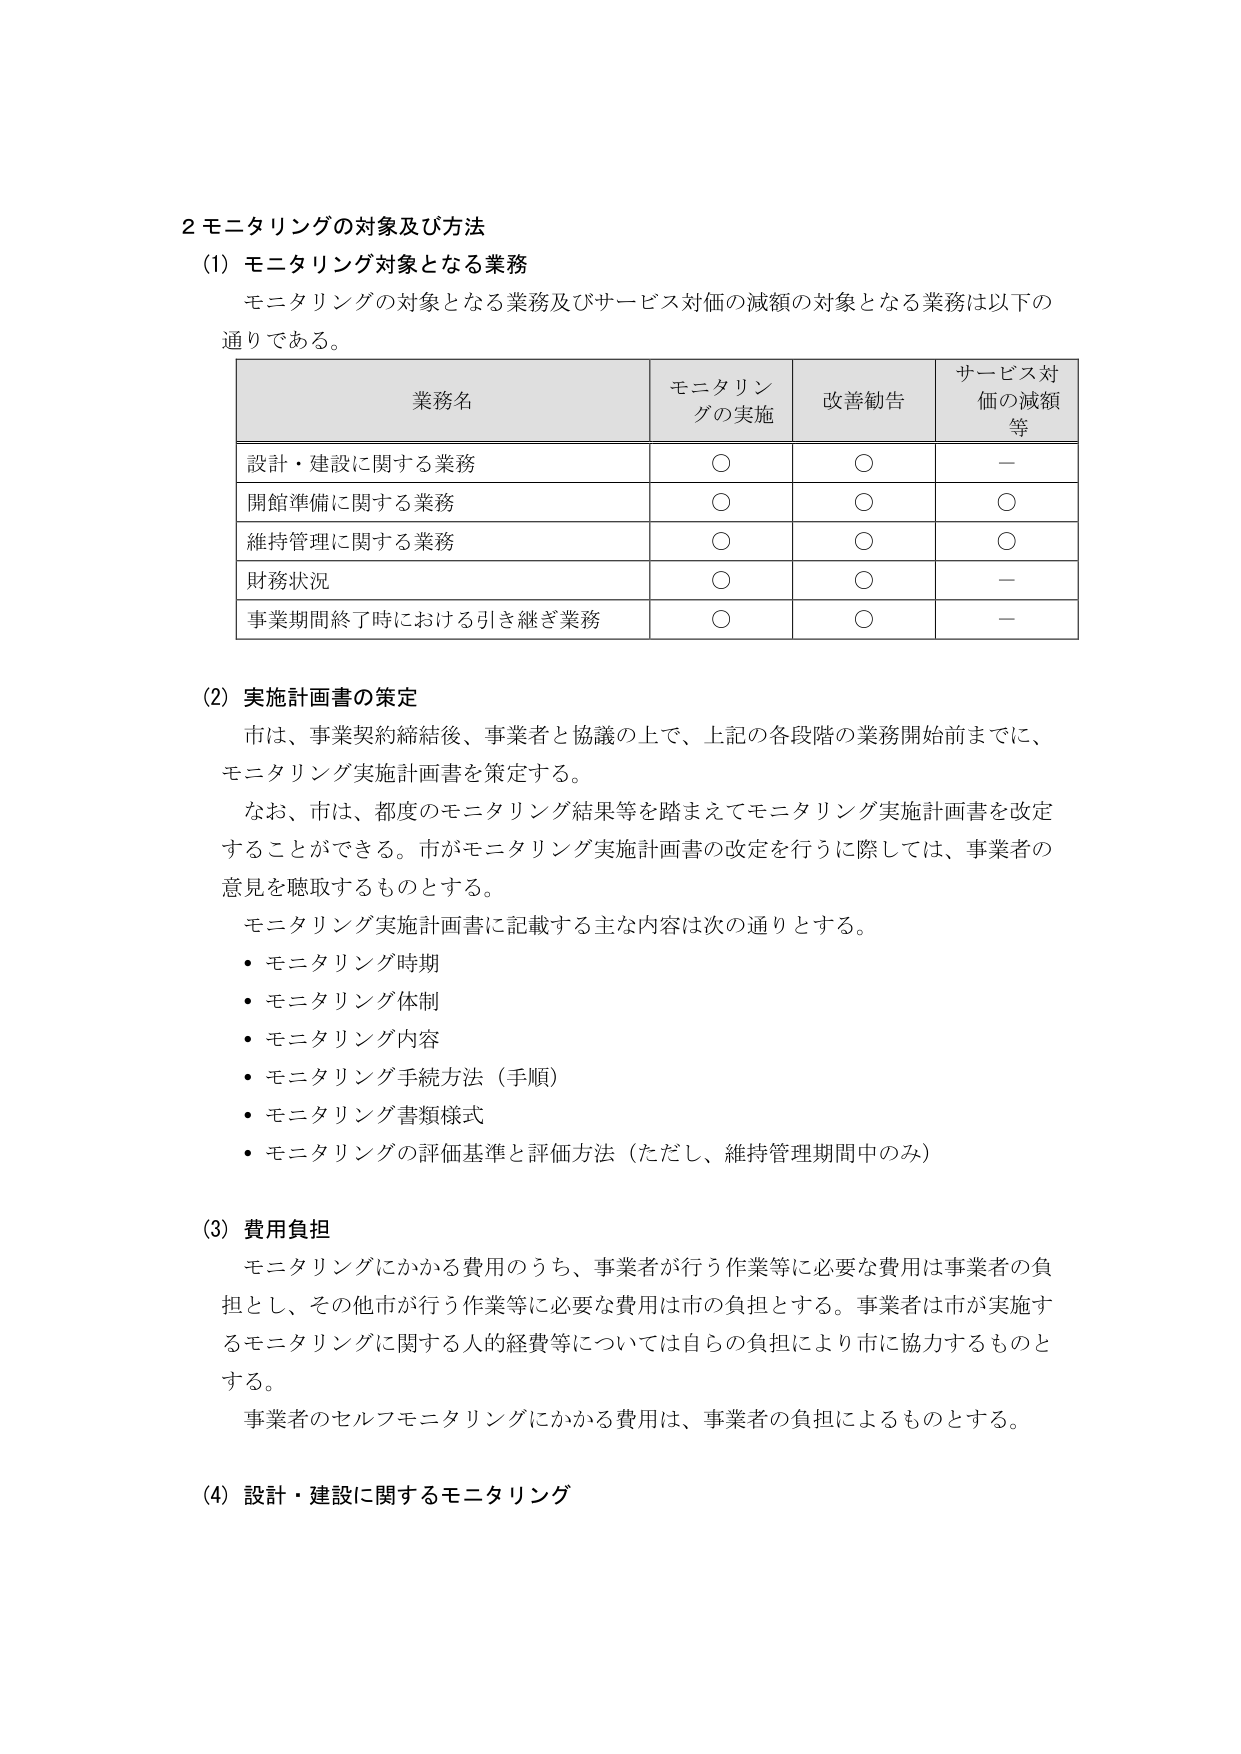
2 モニタリングの対象及び方法
(1) モニタリング対象となる業務
モニタリングの対象となる業務及びサービス対価の減額の対象となる業務は以下の通りである。

| 業務名 | モニタリングの実施 | 改善勧告 | サービス対価の減額等 |
|--------|---------------------|----------|----------------------|
| 設計・建設に関する業務 | ○ | ○ | － |
| 開館準備に関する業務 | ○ | ○ | ○ |
| 維持管理に関する業務 | ○ | ○ | ○ |
| 財務状況 | ○ | ○ | － |
| 事業期間終了時における引き継ぎ業務 | ○ | ○ | － |

(2) 実施計画書の策定
市は、事業契約締結後、事業者と協議の上で、上記の各段階の業務開始前までに、モニタリング実施計画書を策定する。
なお、市は、都度のモニタリング結果等を踏まえてモニタリング実施計画書を改定することができる。市がモニタリング実施計画書の改定を行うに際しては、事業者の意見を聴取するものとする。
モニタリング実施計画書に記載する主な内容は次の通りとする。
・ モニタリング時期
・ モニタリング体制
・ モニタリング内容
・ モニタリング手続方法（手順）
・ モニタリング書類様式
・ モニタリングの評価基準と評価方法（ただし、維持管理期間中のみ）

(3) 費用負担
モニタリングにかかる費用のうち、事業者が行う作業等に必要な費用は事業者の負担とし、その他市が行う作業等に必要な費用は市の負担とする。事業者は市が実施するモニタリングに関する人的経費等については自らの負担により市に協力するものとする。
事業者のセルフモニタリングにかかる費用は、事業者の負担によるものとする。

(4) 設計・建設に関するモニタリング